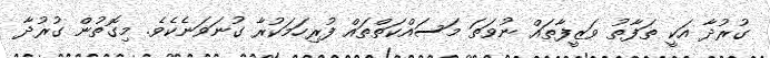
ގުރުދާ އަކީ ތަފާތު ވަޒީފާތައް ނުވަތަ މަސައްކަތްތައް ފުރިހަމަކުރާ ގުނަވަނެކެވެ. މިގޮތުން ގުރުދާ